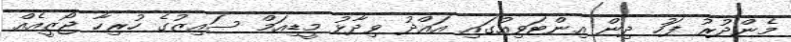
މެންދުރު ފަހު ދިން އިންޓަވިއުގައި އައްދު ވިދާޅު މީޑިއަމް ސައިޒުގެ ހުރިހާ ޖޯޒީއެއް